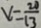
v = \frac { 2 0 } { 1 3 }